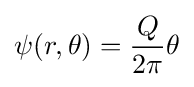
\psi (r,\theta )={\frac {Q}{2\pi }}\theta